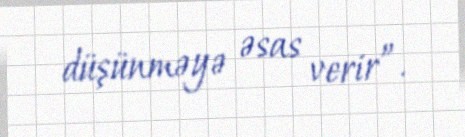
düşünməyə əsas verir”.